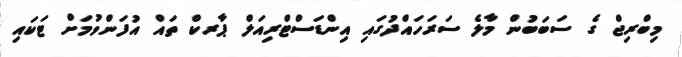
މިބްރިޖް ގެ ސަބަބުން މާލެ ސަރަހައްދުގައި އިންޑަސްޓްރިއަލް ޕާރކް ތައް އުފަންވުމަށް ޓަކައި